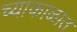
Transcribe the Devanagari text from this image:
च्याकाळात